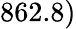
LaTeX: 862.8)